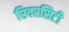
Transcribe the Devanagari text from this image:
रिवरसिटी